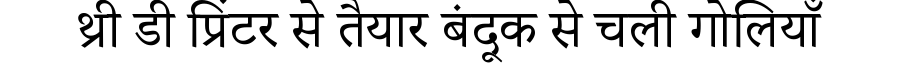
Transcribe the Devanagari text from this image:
थ्री डी प्रिंटर से तैयार बंदूक से चली गोलियाँ